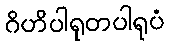
ဂိဟိပါရုတပါရုပံ